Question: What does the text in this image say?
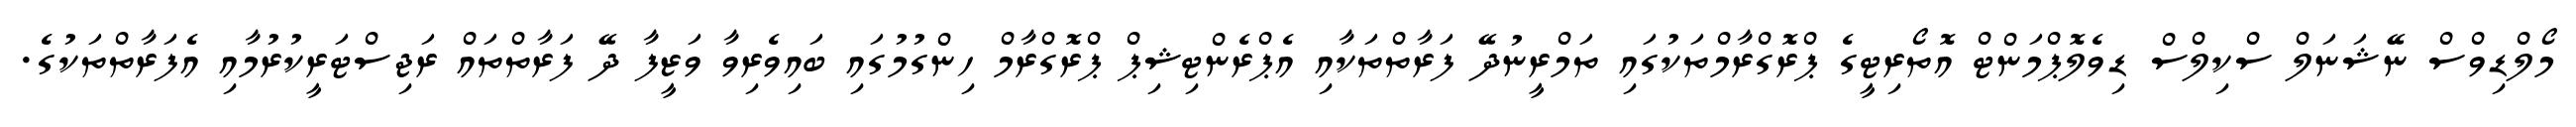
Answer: މޯލްޑިވްސް ނޭޝަނަލް ސްކިލްސް ޑިވެލޮޕްމަންޓް އޮތޯރިޓީގެ ޕްރޮގްރާމްތަކުގައި ތަމްރީނުދޭ ފަރާތްތަކާއި އެޕްރެންޓިޝިޕް ޕްރޮގްރާމް ހިންގުމުގައި ބައިވެރިވާ ވަޒީފާ ދޭ ފަރާތްތައް ރަޖިސްޓަރީކުރުމާއި އެފަރާތްތަކުގެ.